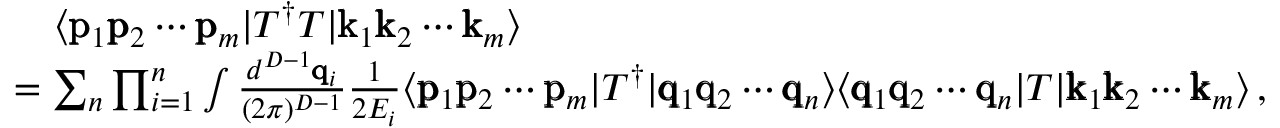
\begin{array} { r l } & { \quad \langle \pmb { \mathrm { p } } _ { 1 } \pmb { \mathrm { p } } _ { 2 } \cdots \pmb { \mathrm { p } } _ { m } | T ^ { \dagger } T | \pmb { \mathrm { k } } _ { 1 } \pmb { \mathrm { k } } _ { 2 } \cdots \pmb { \mathrm { k } } _ { m } \rangle } \\ & { = \sum _ { n } \prod _ { i = 1 } ^ { n } \int \frac { d ^ { D - 1 } \pmb { \mathrm { q } } _ { i } } { ( 2 \pi ) ^ { D - 1 } } \frac { 1 } { 2 E _ { i } } \langle \pmb { \mathrm { p } } _ { 1 } \pmb { \mathrm { p } } _ { 2 } \cdots \pmb { \mathrm { p } } _ { m } | T ^ { \dagger } | \pmb { \mathrm { q } } _ { 1 } \pmb { \mathrm { q } } _ { 2 } \cdots \pmb { \mathrm { q } } _ { n } \rangle \langle \pmb { \mathrm { q } } _ { 1 } \pmb { \mathrm { q } } _ { 2 } \cdots \pmb { \mathrm { q } } _ { n } | T | \pmb { \mathrm { k } } _ { 1 } \pmb { \mathrm { k } } _ { 2 } \cdots \pmb { \mathrm { k } } _ { m } \rangle \, , } \end{array}